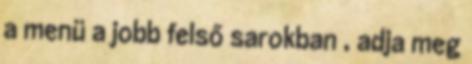
a menü a jobb felső sarokban , adja meg